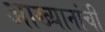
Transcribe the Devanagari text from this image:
आख्यानांची